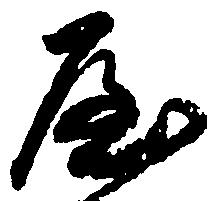
屋